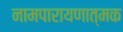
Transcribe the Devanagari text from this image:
नामपारायणात्मक